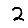
Digit: 2